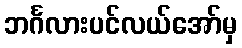
ဘင်္ဂလားပင်လယ်အော်မှ